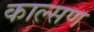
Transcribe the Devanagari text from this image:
काल्सण